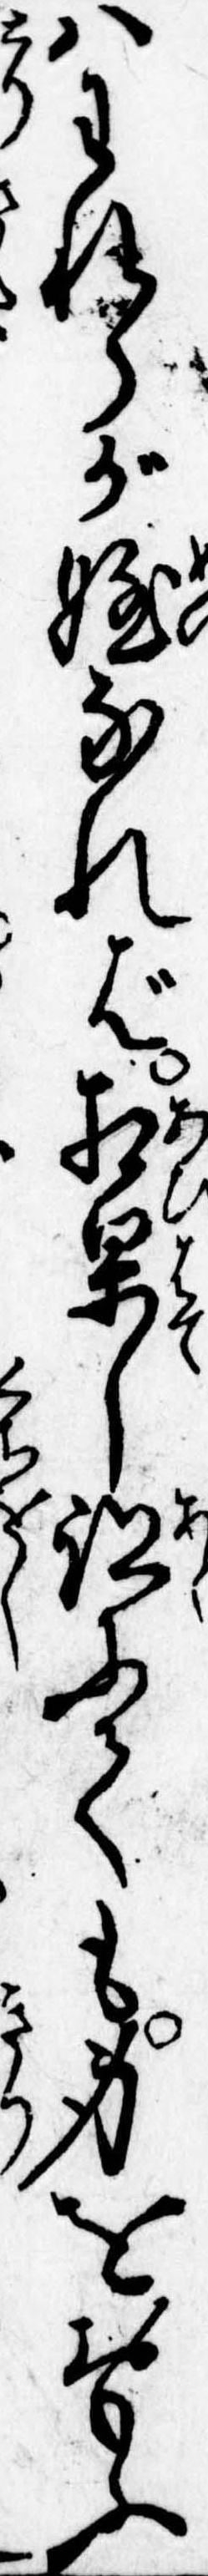
はわれらが姪なれば相果し跡にても身をおもふ